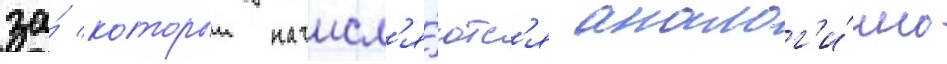
за́ которыи начисл'я́ютс'я аналог'и́чно